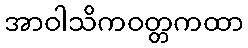
အာဝါသိကဝတ္တကထာ